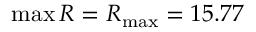
\operatorname* { m a x } R = R _ { \mathrm { m a x } } = 1 5 . 7 7